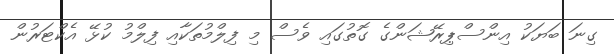
ގިނަ ބަޔަކު އިންސްޕިރޭޝަންގެ ގޮތުގައި ވެސް މި ފިލްމުތަކާއި ފިލްމު ކުޅޭ އެކްޓަރުން